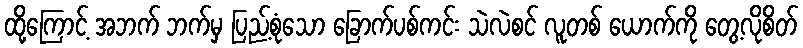
ထို့ကြောင့် အဘက် ဘက်မှ ပြည့်စုံသော ခြောက်ပစ်ကင်း သဲလဲစင် လူတစ် ယောက်ကို တွေ့လိုစိတ်